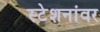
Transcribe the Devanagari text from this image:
स्टेशनांवर